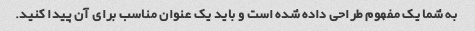
به شما یک مفهوم طراحی داده شده است و باید یک عنوان مناسب برای آن پیدا کنید.